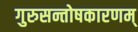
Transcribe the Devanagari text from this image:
गुरुसन्तोषकारणम्